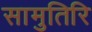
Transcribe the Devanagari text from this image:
सामुतिरि